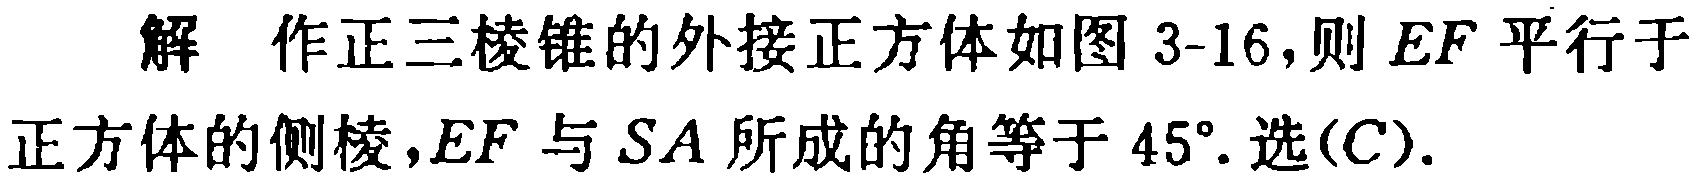
解 作正三棱锥的外接正方体如图 3-16,则 \(EF\) 平行于正方体的侧棱,\(EF\) 与 \(SA\) 所成的角等于 \(45^{\circ}\). 选\((C)\).